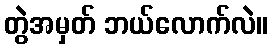
တွဲအမှတ် ဘယ်လောက်လဲ။